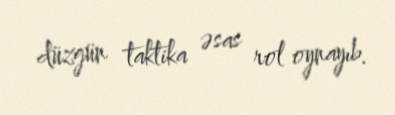
düzgün taktika əsas rol oynayıb.